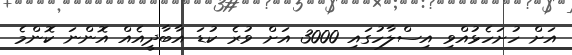
އަށް ހުށަހެޅުއްވި އިސްލާހުގައި 3000 އަށް ވުރެ ކުޑަ އާބާދީއެއް އޮންނަ ކޮންމެ